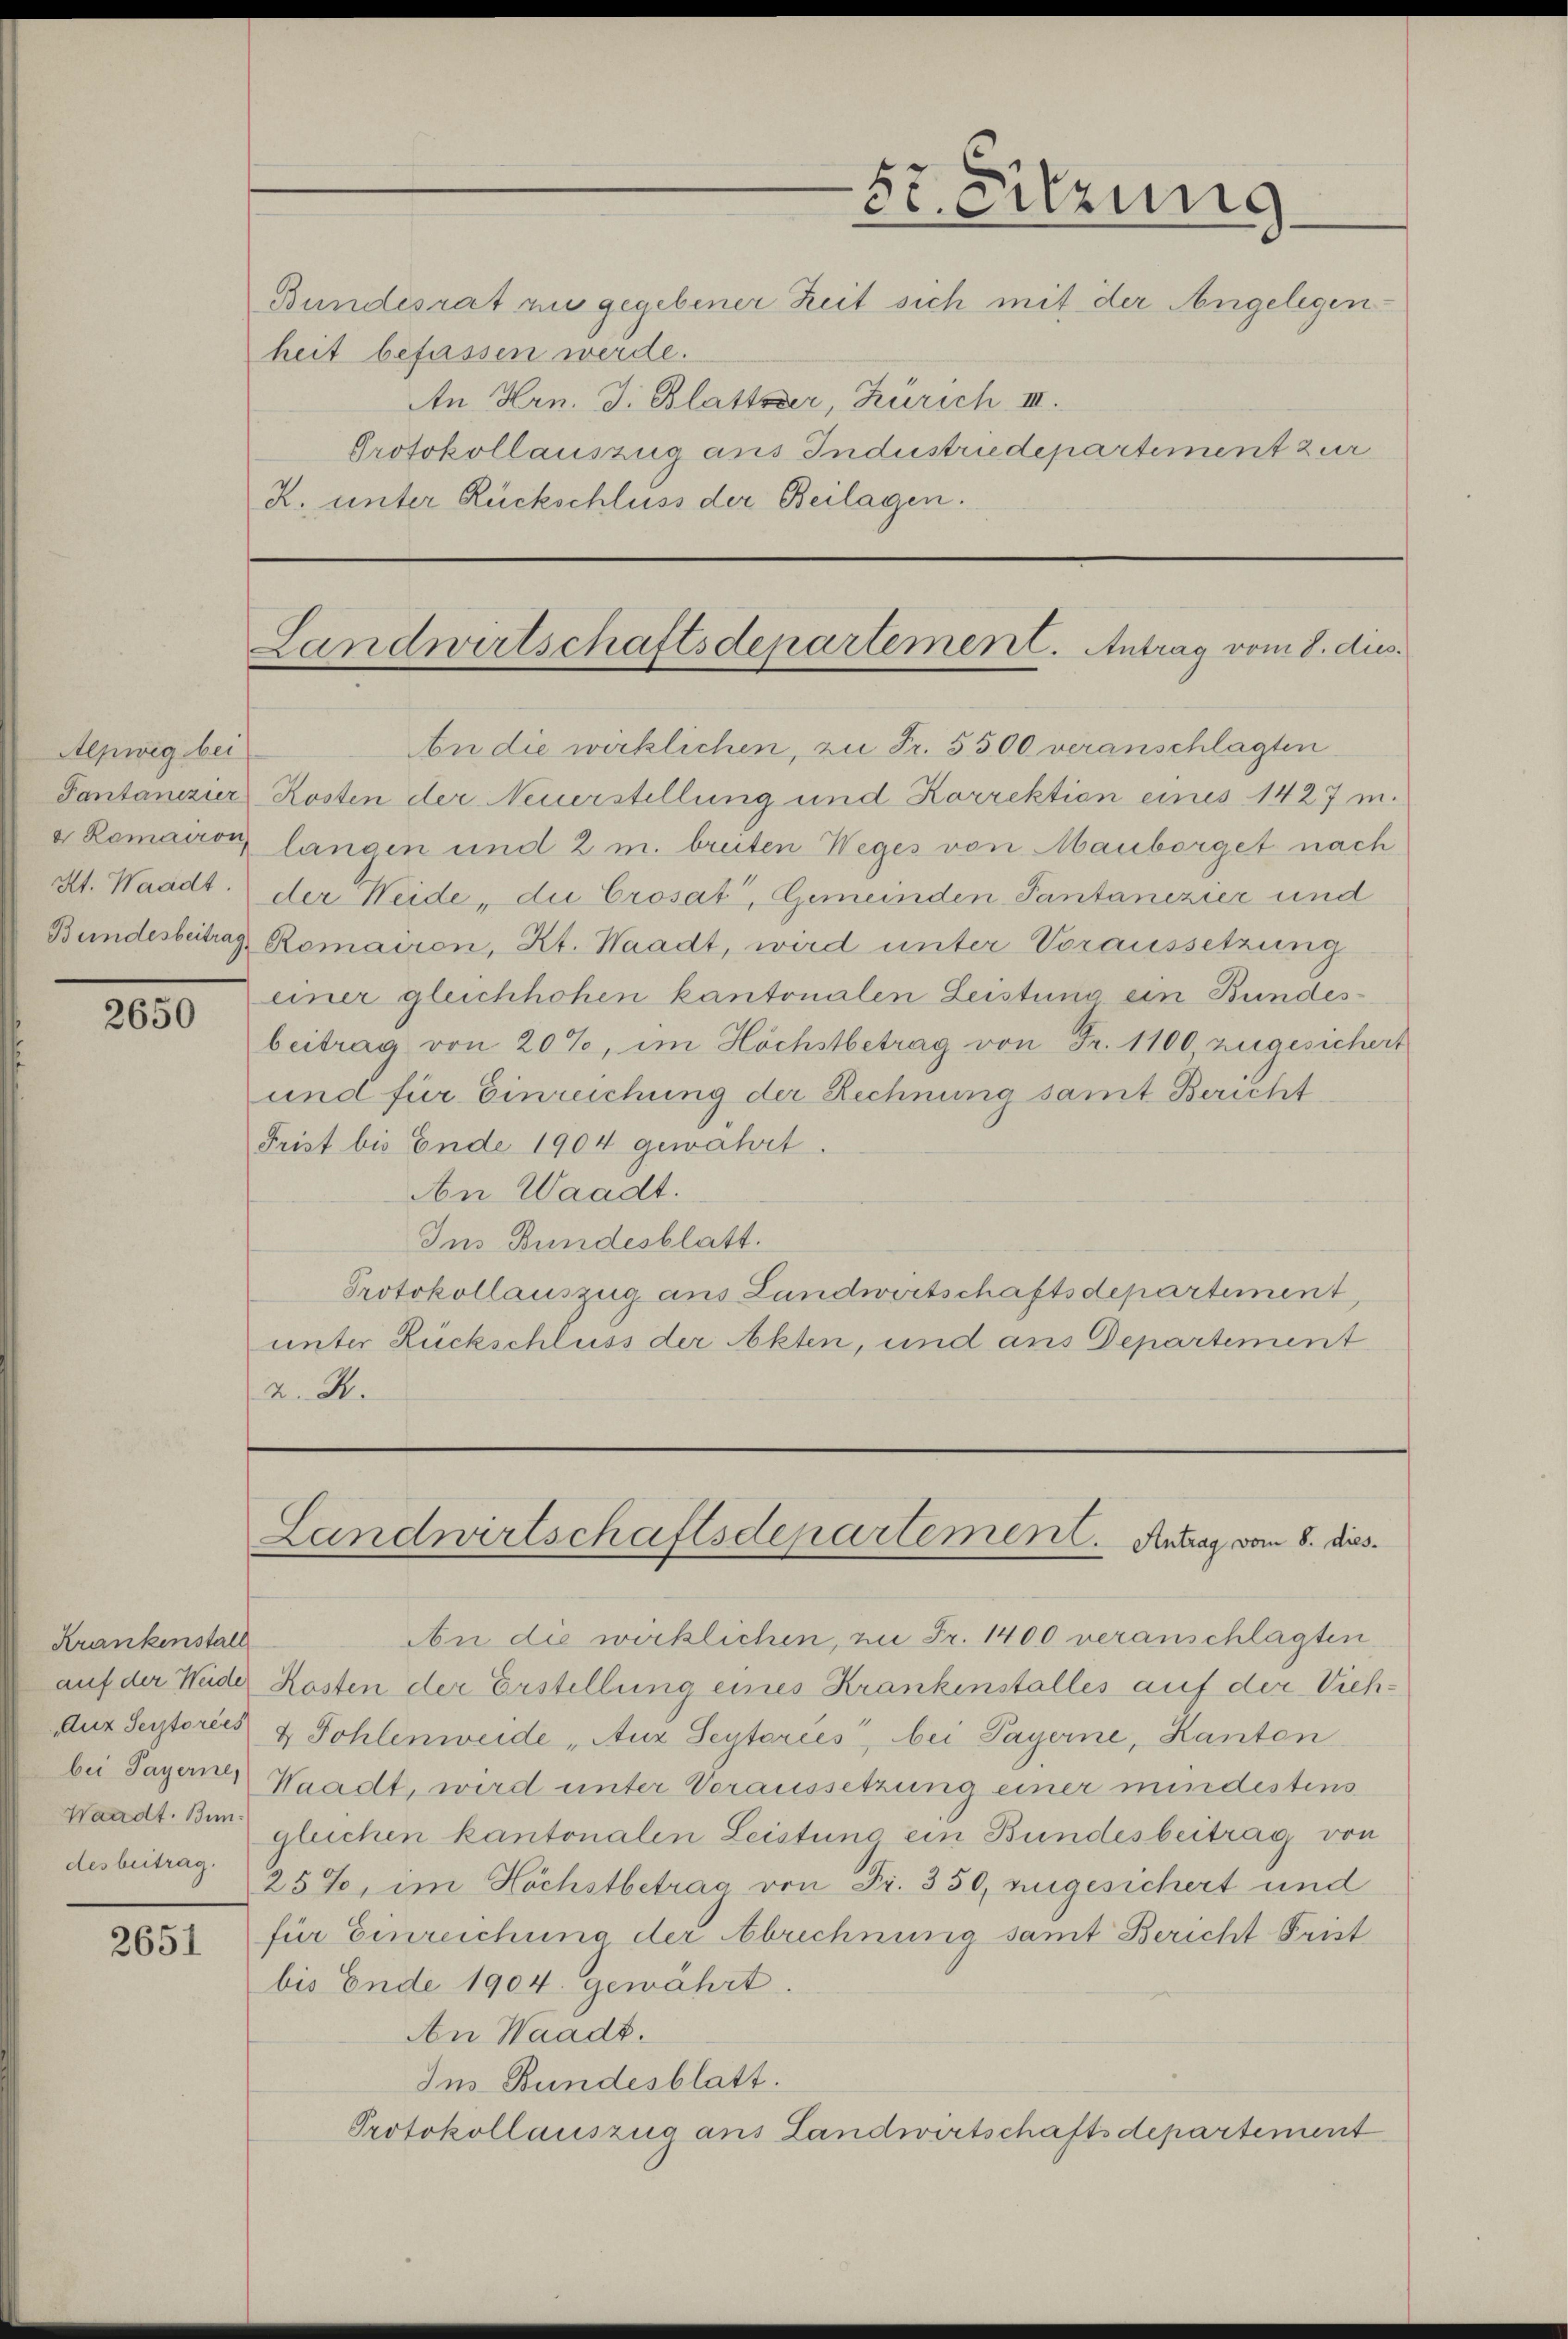
Aepwig bei
Pantanizier
v Ramairon
Bundesbeitrag,

2650

Krankenstall
Auz Seytorées
Waadt. Bundesbeitrag.

2651

Bundesrat zu gegebener Zeit sich mit der Angelegenheit befassen werde.
An Hrn. J. Blattsser, Zürich III.
Protokollauszug aus Industriedepartement zur
R. unter Rückschluss der Beilagen.

An die wirklichen, zu Fr. 5500 veranschlagten
Kosten der Neuerstellung und Korrektion eines 1427 m.
langen und 2 m breiten Weges von Mauborget nach
At. Waadt der Weide, die Crosat, Gemeinden Pantanezier und
Romairon, Kt. Waadt, wird unter Voraussetzung
einer gleichhohen kantonalen Leistung ein Bundesbeitrag von 20%, im Höchstbetrag von Fr. 1100, zugesichert
und für Einreichung der Rechnung samt Bericht
Frist bis Ende 1904 gewährt.
An Waadt.
Ins Bundesblatt.
Protokollauszug aus Landwirtschaftsdepartement,
unter Rückschluss der Akten, und aus Departement
a. M.

5r Sitzung

Landwirtschaftsdepartement. Antrag vom 8. dus.

Landwirtschaftsdepartement. Antrag vom 8. dies

An die wirklichen, in Fr. 1400 veranschlagten
auf der Weder Kosten der Erstellung eines Krankenstalles auf der Vieh¬
4 Pohlenweide „Auz Seytoriés, bei Payerne, Kanton
bei Payerner Waadt, wird unter Voraussetzung einer mindestens
gleichen kantonalen Leistung ein Bundesbeitrag von
25%, im Höchstbetrag von Fr. 350, zugesichert und
für Einreichung der Abrechnung samt Bericht Frist
bis Ende 1904. gewährt.
An Waadt.
Ins Bundesblatt.
Protokollauszug aus Landwirtschaftsdepartement